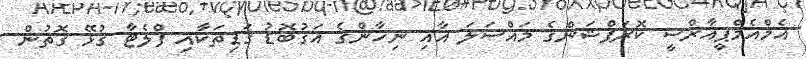
އެމްއެމްޕީއާރްސީ ކޮރަޕްޝަންގެ މައްސަލަ އާއި ނިހާންގެ އަގުބޮޑު ގަޑިތަކާއި ފްލެޓާ ގުޅޭ ގޮތުން